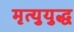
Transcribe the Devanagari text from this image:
मृत्युयुद्ध